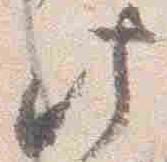
此